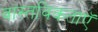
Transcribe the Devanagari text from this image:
वास्तविकताएॅ